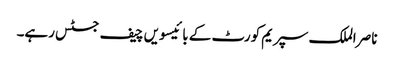
ناصر الملک سپریم کورٹ کے بائیسویں چیف جسٹس رہے۔